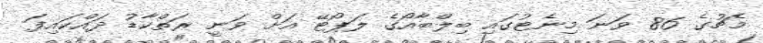
މެޗުގެ 86 ވަނަ މިނެޓުގައި ބިލްބާއޯގެ ލަޕޯޓޭ އަށް ވަނީ ރަތްކާޑު ދައްކައިފަ